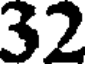
32